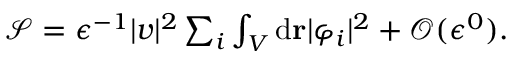
\begin{array} { r } { \mathcal { S } = \epsilon ^ { - 1 } \vert \boldsymbol { v } \vert ^ { 2 } \sum _ { i } \int _ { V } \mathrm { d } \mathbf { r } \vert \varphi _ { i } \vert ^ { 2 } + \mathcal { O } ( \epsilon ^ { 0 } ) . } \end{array}